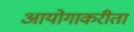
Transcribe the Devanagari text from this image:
आयोगाकरीता